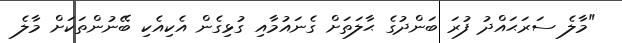
"މާލެ ސަރަޙައްދު ފުރަ ބަންދުގެ ޙާލަތަށް ގެނައުމާއި ގުޅިގެން އެކިއެކި ބޭނުންތަކަށް މާލެ